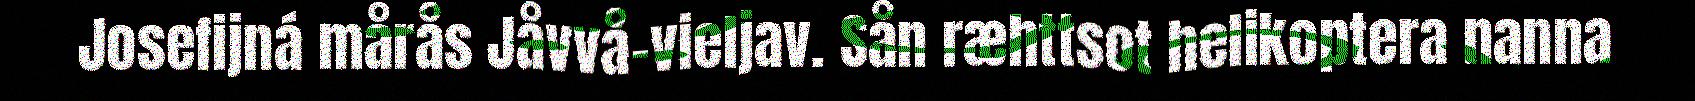
Josefijná mårås Jåvvå-vieljav. Sån ræhttsot helikoptera nanna